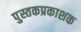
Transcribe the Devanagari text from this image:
पुस्तकप्रकाशक